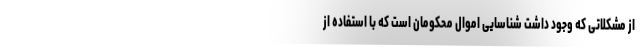
از مشکلاتی که وجود داشت شناسایی اموال محکومان است که با استفاده از